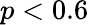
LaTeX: p<0.6